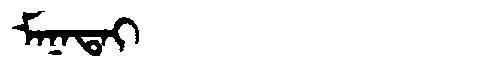
Manchu: ᠮᠠᠨᠠᡨᠠᡳ
Romanization: MANATAI